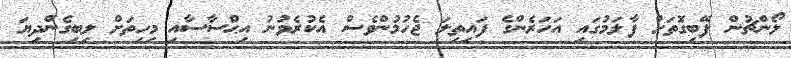
ލޯންޗުން ފޭބިގޮތަށް ފާލަމުގައި އަހަރެންގެ ފައިތިލަ ޖެހުމުންވެސް އެކުރެވުނު އިޙްސާސާއި މިހިތަށް ލިބިގެންދިޔަ